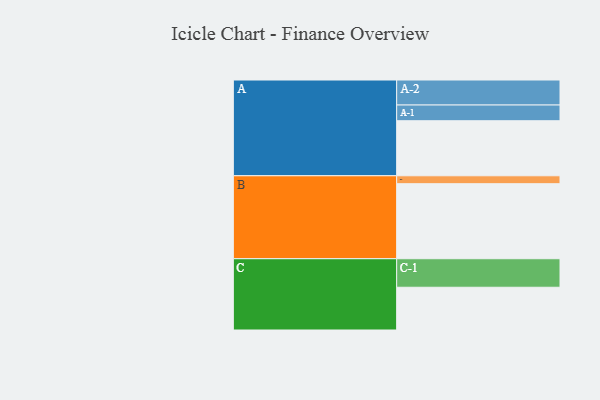
{"axis": {"x": "Segment", "y": "Value"}, "legend": ["", "A", "B", "C"], "data": [{"x": "A", "y": 438, "type": ""}, {"x": "B", "y": 597, "type": ""}, {"x": "C", "y": 340, "type": ""}, {"x": "A-1", "y": 125, "type": "A"}, {"x": "A-2", "y": 199, "type": "A"}, {"x": "B-1", "y": 63, "type": "B"}, {"x": "C-1", "y": 227, "type": "C"}]}